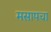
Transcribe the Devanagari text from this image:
मसापचा